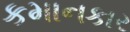
કમાનકાર